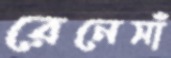
রেনেসাঁ